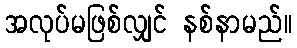
အလုပ်မဖြစ်လျှင် နစ်နာမည်။